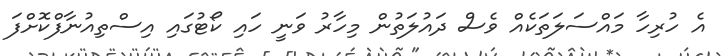
އެ ހުރިހާ މައްސަލަތަކެއް ވެސް ދައުލަތުން މިހާރު ވަނީ ހައި ކޯޓުގައި އިސްތިއުނާފްކޮށްފަ